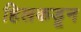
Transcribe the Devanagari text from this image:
हिलकडून